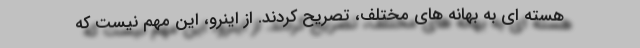
هسته ای به بهانه های مختلف، تصریح کردند. از اینرو، این مهم نیست که